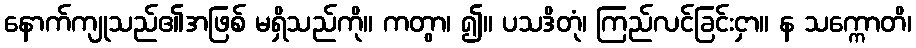
နောက်ကျုသည်၏အဖြစ် မရှိသည်ကို။ ကတွာ၊ ၍။ ပသဒိတုံ၊ ကြည်လင်ခြင်းငှာ။ န သက္ကောတိ၊